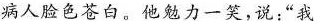
病人脸色苍白。他勉力一笑，说：”我